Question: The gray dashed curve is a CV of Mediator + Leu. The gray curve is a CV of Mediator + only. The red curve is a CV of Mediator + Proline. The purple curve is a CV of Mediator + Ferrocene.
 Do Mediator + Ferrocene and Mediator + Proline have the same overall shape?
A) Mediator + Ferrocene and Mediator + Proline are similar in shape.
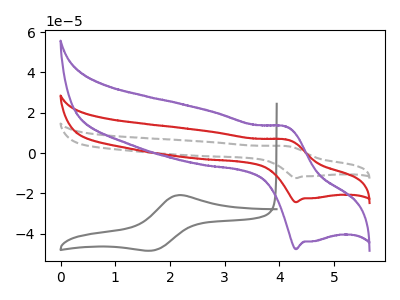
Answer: <think>The gray dashed curve "Mediator + Leu" has an anodic peak at (4.15V, 13.35uA) and a cathodic peak at (4.30V, -48.85uA). The gray curve "Mediator + only" has an anodic peak at (2.15V, -20.95uA) and a cathodic peak at (1.70V, -48.35uA). The red curve "Mediator + Proline" has an anodic peak at (4.15V, 6.65uA) and a cathodic peak at (4.30V, -24.40uA). The purple curve "Mediator + Ferrocene" has an anodic peak at (4.15V, 13.05uA) and a cathodic peak at (4.30V, -47.70uA).
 All the peaks in "Mediator + Ferrocene" have a peak in "Mediator + Proline" at the same potential. Every peak in "Mediator + Ferrocene" is higher than every peak in "Mediator + Proline".</think>
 <answer>A) "Mediator + Ferrocene" and "Mediator + Proline" are similar in shape.</answer>
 <eval>A</eval>